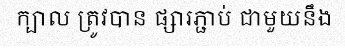
ក្បាល ត្រូវបាន ផ្សារភ្ជាប់ ជាមួយនឹង